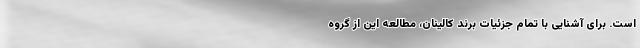
است. برای آشنایی با تمام جزئیات برند کالینان، مطالعه این از گروه